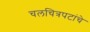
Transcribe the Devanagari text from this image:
चलचित्रपटांचे